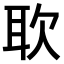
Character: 𫆁